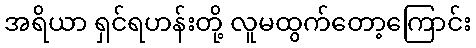
အရိယာ ရှင်ရဟန်းတို့ လူမထွက်တော့ကြောင်း